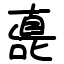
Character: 嗭